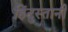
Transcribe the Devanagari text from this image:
हिंदुस्‍तानी